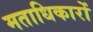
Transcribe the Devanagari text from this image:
मताधिकारों